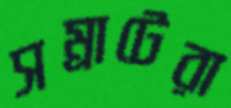
সম্রাটেরা